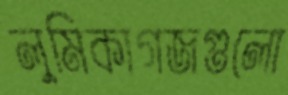
লুমিকাগজগুলো